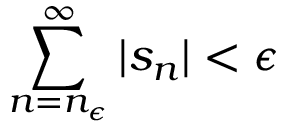
\sum _ { n = n _ { \epsilon } } ^ { \infty } | s _ { n } | < \epsilon